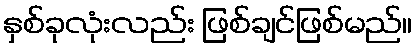
နှစ်ခုလုံးလည်း ဖြစ်ချင်ဖြစ်မည်။